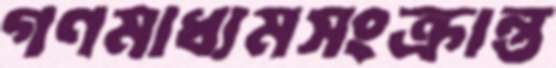
গণমাধ্যমসংক্রান্ত